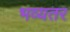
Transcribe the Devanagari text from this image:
भव्यतर